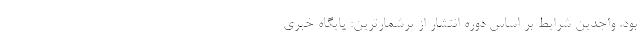
بود. واجدین شرایط بر اساس دوره انتشار از پرشمارترین: پایگاه خبری